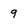
Character: 9